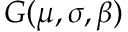
G ( \mu , \sigma , \beta )